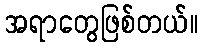
အရာတွေဖြစ်တယ်။